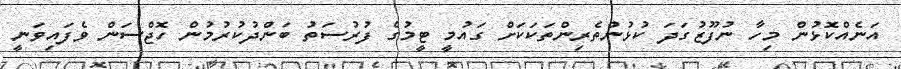
އަނެއްކޮޅުން މިހާ ނުފޫޒުގަދަ ކުޅުންތެރިންތަކަކަށް ގައުމީ ޓީމުގެ ފުރުސަތު ބަންދުކުރުމުން ހޮޖްސަން ވެފައިވަނީ